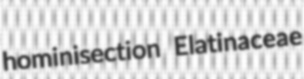
hominisection Elatinaceae